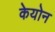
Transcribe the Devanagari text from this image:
केयोन